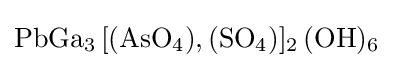
{\ce {PbGa3 [(AsO4),(SO4)]2 (OH)6}}